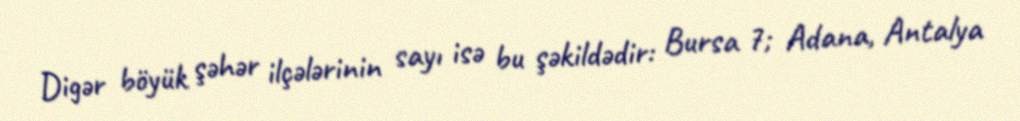
Digər böyük şəhər ilçələrinin sayı isə bu şəkildədir: Bursa 7; Adana, Antalya